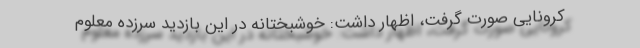
کرونایی صورت گرفت، اظهار داشت: خوشبختانه در این بازدید سرزده معلوم